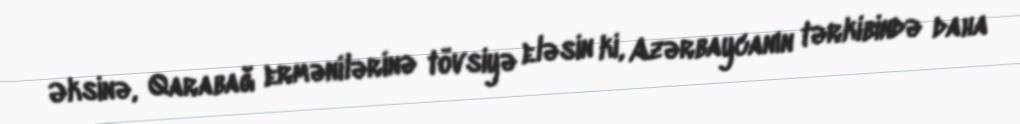
Əksinə, Qarabağ ermənilərinə tövsiyə eləsin ki, Azərbaycanın tərkibində daha